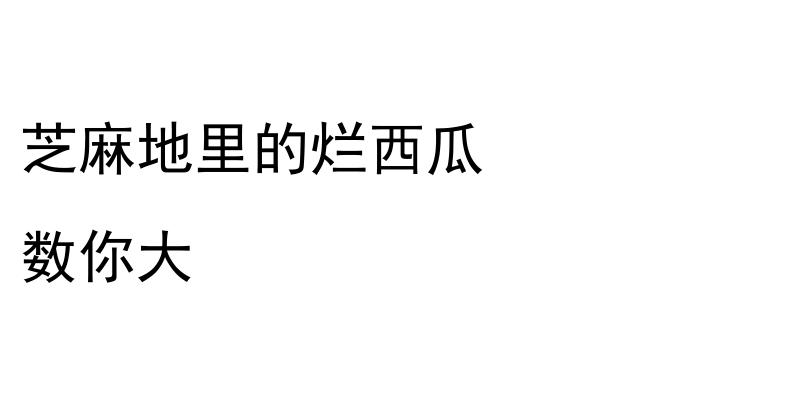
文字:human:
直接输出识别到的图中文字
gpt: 芝麻地里的烂西瓜 数你大